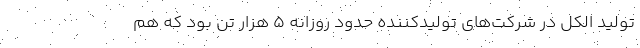
تولید الکل در شرکت‌های تولیدکننده حدود روزانه ۵ هزار تن بود که هم